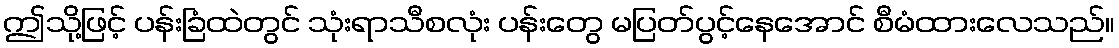
ဤသို့ဖြင့် ပန်းခြံထဲတွင် သုံးရာသီစလုံး ပန်းတွေ မပြတ်ပွင့်နေအောင် စီမံထားလေသည်။